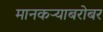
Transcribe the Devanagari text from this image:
मानकऱ्याबरोबर